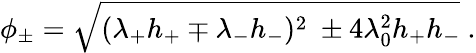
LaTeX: \phi_{\pm}=\sqrt{(\lambda_{+}h_{+}\mp\lambda_{-}h_{-})^{2}\ \pm 4\lambda_{0}^{2}h_{+}h_{-}}\ .